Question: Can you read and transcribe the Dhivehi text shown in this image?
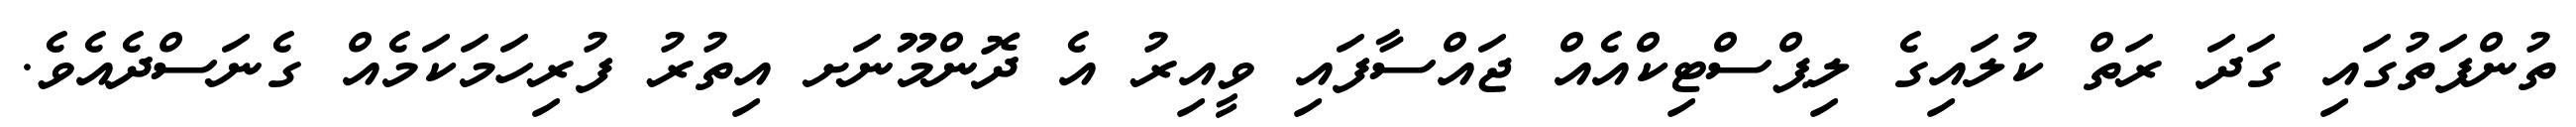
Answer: ތުންފަތުގައި ގަދަ ރަތް ކުލައިގެ ލިޕްސްޓިކްއެއް ޖައްސާފައި ވީއިރު އެ ދޮންމޫނަށ އިތުރު ފުރިހަމަކަމެއް ގެނަސްދެއެވެ.